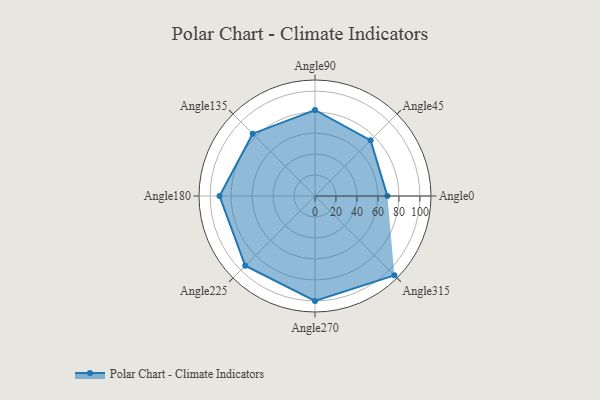
{"axis": {"x": "Angle", "y": "Radius"}, "legend": [""], "data": [{"x": "Angle0", "y": 69.0, "type": ""}, {"x": "Angle45", "y": 75.0, "type": ""}, {"x": "Angle90", "y": 82.0, "type": ""}, {"x": "Angle135", "y": 84.0, "type": ""}, {"x": "Angle180", "y": 91.0, "type": ""}, {"x": "Angle225", "y": 94.0, "type": ""}, {"x": "Angle270", "y": 100.0, "type": ""}, {"x": "Angle315", "y": 107.0, "type": ""}]}